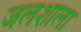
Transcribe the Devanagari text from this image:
जलशाला